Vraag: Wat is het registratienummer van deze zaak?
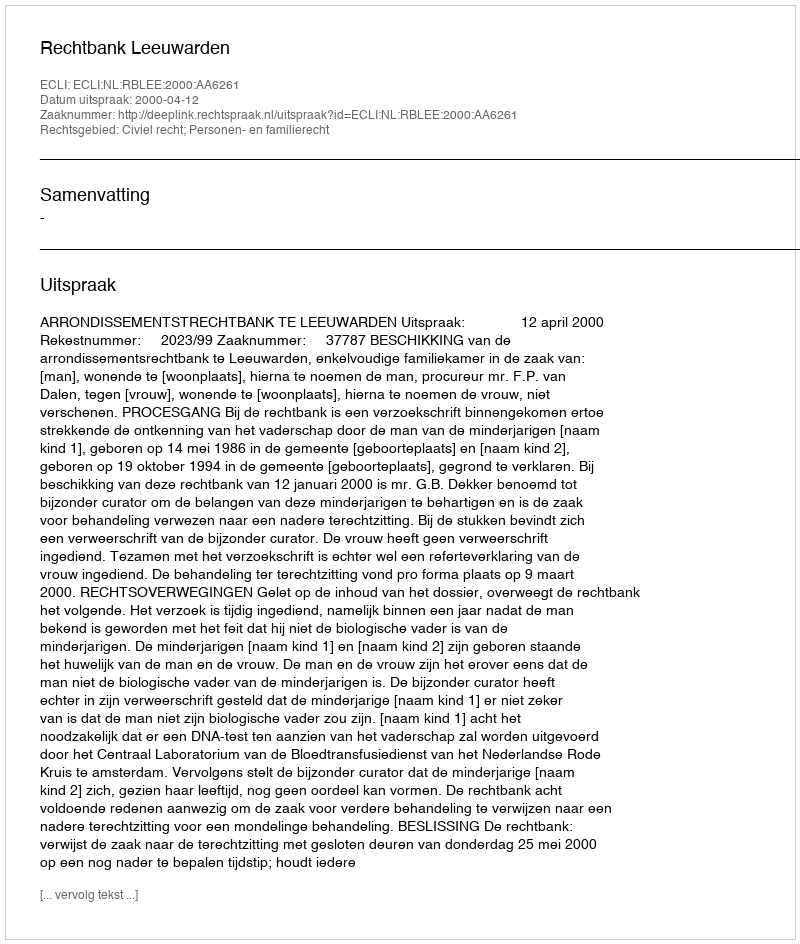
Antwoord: http://deeplink.rechtspraak.nl/uitspraak?id=ECLI:NL:RBLEE:2000:AA6261